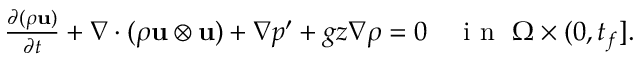
\begin{array} { r } { \frac { \partial ( \rho \mathbf u ) } { \partial t } + \nabla \cdot ( \rho \mathbf u \otimes \mathbf u ) + \nabla p ^ { \prime } + g z \nabla \rho = 0 \quad \mathrm { ~ i ~ n ~ } \, \, \Omega \times ( 0 , t _ { f } ] . } \end{array}